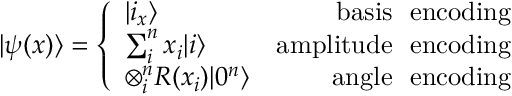
| \psi ( x ) \rangle = \left\{ \begin{array} { l r } { | i _ { x } \rangle } & { \mathrm { b a s i s ~ \ e n c o d i n g } } \\ { \sum _ { i } ^ { n } x _ { i } | i \rangle } & { \mathrm { a m p l i t u d e ~ \ e n c o d i n g } } \\ { \otimes _ { i } ^ { n } R ( x _ { i } ) | 0 ^ { n } \rangle } & { \mathrm { a n g l e ~ \ e n c o d i n g } } \end{array} \right.